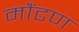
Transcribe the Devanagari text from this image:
मौंटण